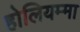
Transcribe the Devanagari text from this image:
होलियम्मा